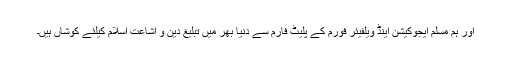
اور ہم مسلم ایجوکیشن اینڈ ویلفیئر فورم کے پلیٹ فارم سے دنیا بھر میں تبلیغ دین و اشاعت اسلام کیلئے کوشاں ہیں۔